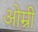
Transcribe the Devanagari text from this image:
ओम्री